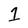
Character: 1